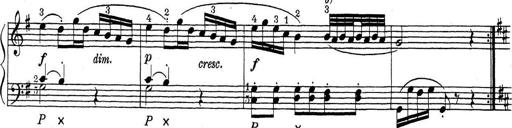
Title: ÄŒeskÃ© Sonatiny
Composer: Various